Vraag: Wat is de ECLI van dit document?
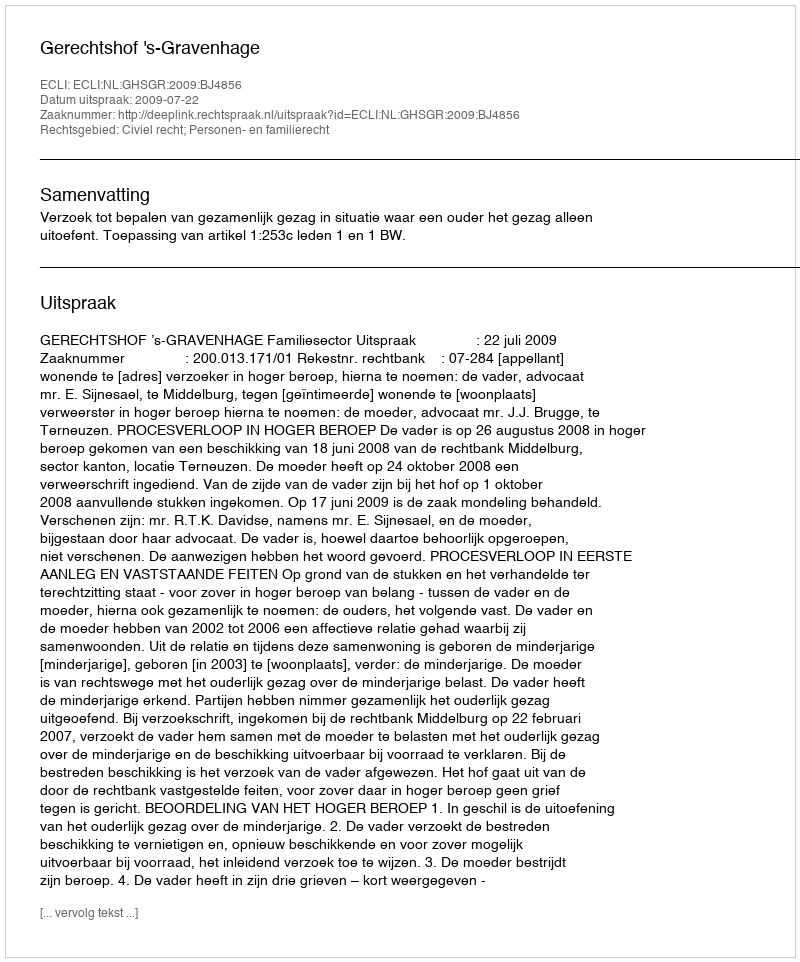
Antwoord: ECLI:NL:GHSGR:2009:BJ4856